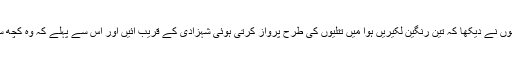
ابھی وہ دونوں اس کو پیار بھری نگاہوں سے دیکھ کر خوش ہی ہو رہے تھے کہ انھوں نے دیکھا کہ تین رنگین لکیریں ہوا میں تتلیوں کی طرح پرواز کرتی ہوئی شہزادی کے قریب آئیں اور اس سے پہلے کہ وہ کچھ سمجھ سکیں، وہ تینوں رنگین لکیریں شہزادی کی ناک میں داخل ہو کر غائب ہو گئیں۔